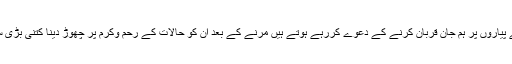
جیتے جی اپنے پیاروں پر ہم جان قربان کرنے کے دعوے کررہے ہوتے ہیں مرنے کے بعد ان کو حالات کے رحم وکرم پر چھوڑ دینا کتنی بڑی ستم ظریفی ہے۔